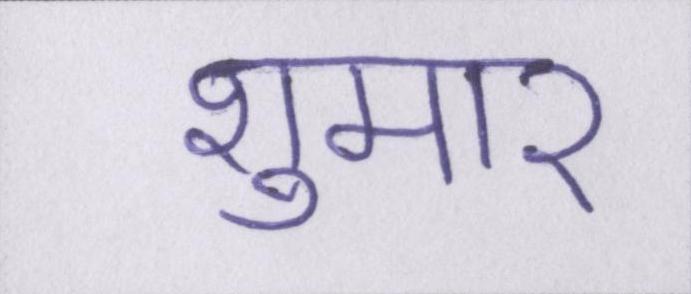
शुमार